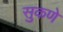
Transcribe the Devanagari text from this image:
सुकणे